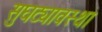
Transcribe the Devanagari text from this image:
सुघट्यावस्था